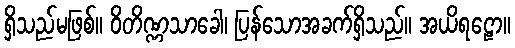
ရှိသည်မဖြစ်။ ဝိတိဏ္ဏသာခေါ၊ ပြန်သောအခက်ရှိသည်။ အယိရဠော။